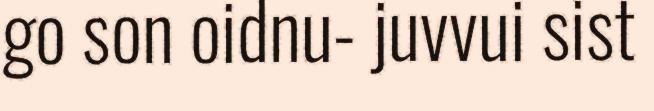
go son oidnu- juvvui sist